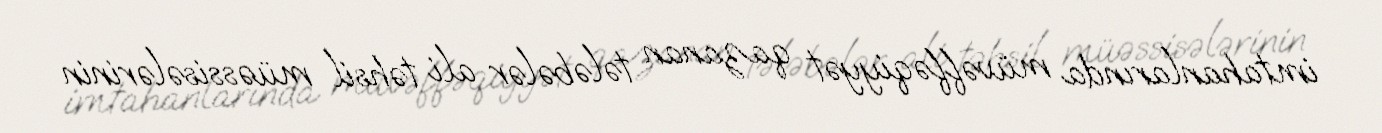
imtahanlarında müvəffəqiyyət qazanan tələbələr ali təhsil müəssisələrinin